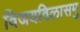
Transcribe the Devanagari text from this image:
विजयविलासमु